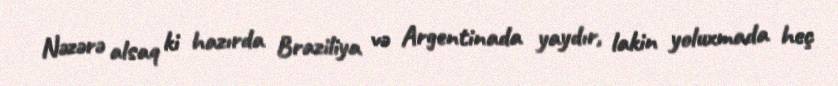
Nəzərə alsaq ki hazırda Braziliya və Argentinada yaydır, lakin yoluxmada heç